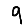
Digit: 9